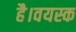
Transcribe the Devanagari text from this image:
है।वयस्क